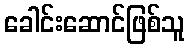
ခေါင်းဆောင်ဖြစ်သူ